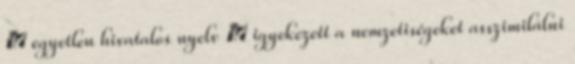
→ egyetlen hivatalos nyelv → igyekezett a nemzetiségeket asszimilálni